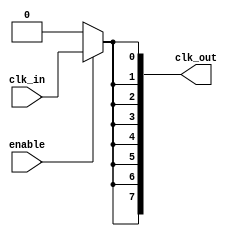
module high_fanout_clock_buffer (
    input wire clk_in,          // Clock input
    input wire enable,          // Enable signal for power management
    output wire [N-1:0] clk_out // Array of clock outputs
);
    parameter N = 8;            // Number of outputs
    parameter DELAY = 1;        // Propagation delay for the buffer

    // Internal signal for the buffered clock
    wire clk_buf;

    // Input stage: Simple buffer with enable functionality
    assign clk_buf = enable ? clk_in : 1'b0; // If not enabled, output low

    // Output stage: Multiple output drivers
    genvar i;
    generate
        for (i = 0; i < N; i = i + 1) begin : output_drivers
            // Each output driver introduces a small delay
            assign #DELAY clk_out[i] = clk_buf;
        end
    endgenerate

endmodule